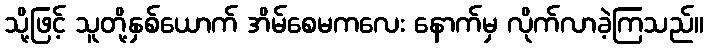
သို့ဖြင့် သူတို့နှစ်ယောက် အိမ်စေမကလေး နောက်မှ လိုက်လာခဲ့ကြသည်။